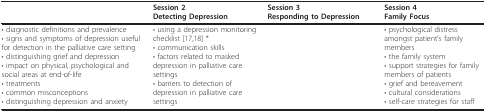
<table><thead><tr><td>[EMPTY_CELL]</td><td><b>Session 2Detecting Depression</b></td><td><b>Session 3Responding to Depression</b></td><td><b>Session 4Family Focus</b></td></tr></thead><tbody><tr><td>• diagnostic definitions and prevalence• signs and symptoms of depression useful for detection in the palliative care setting• distinguishing grief and depression• impact on physical, psychological and social areas at end-of-life• treatments• common misconceptions• distinguishing depression and anxiety</td><td>• using a depression monitoring checklist [17,18] *• communication skills• factors related to masked depression in palliative care settings• barriers to detection of depression in palliative care settings</td><td>[EMPTY_CELL]</td><td>• psychological distress amongst patient's family members• the family system• support strategies for family members of patients• grief and bereavement• cultural considerations• self-care strategies for staff</td></tr></tbody></table>